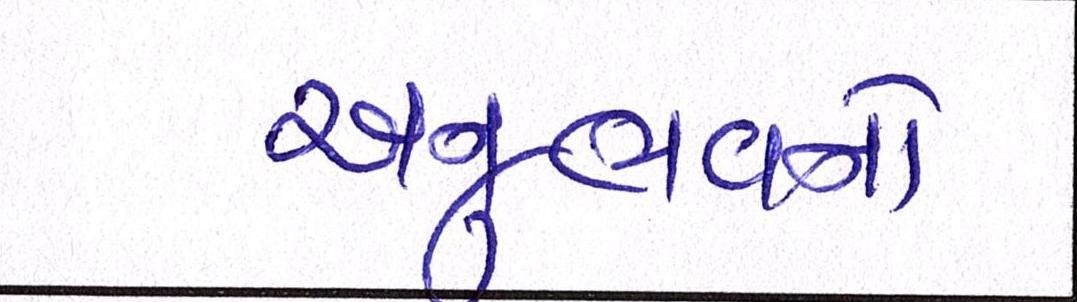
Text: અનુભવનો